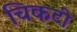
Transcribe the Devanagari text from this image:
चिकटी